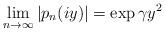
LaTeX: \begin{align*}\lim_{n\to \infty} |p_n(iy)| = \exp{\gamma y^2}\end{align*}